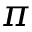
\pi